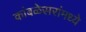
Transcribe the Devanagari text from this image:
कांबळेसरांमध्ये